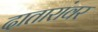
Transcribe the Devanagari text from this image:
दातारांवर